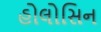
હોલોસિન